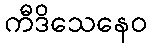
ကီဒိသေနေဝ